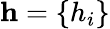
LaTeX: \mathbf{h}=\{ h_{i}\}